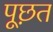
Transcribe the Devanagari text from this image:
पूछ़त